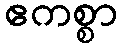
ဧကစ္စာ